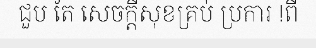
ជួប តែ សេចក្តីសុខគ្រប់ ប្រការ !ពី